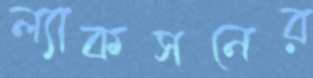
ল্যাকসনের